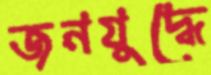
জনযুদ্ধে